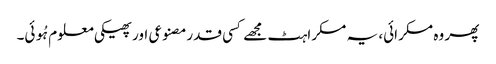
پھر وہ مسکرائی، یہ مسکراہٹ مجھے کسی قدرمصنوعی اور پھیکی معلوم ہُوئی۔